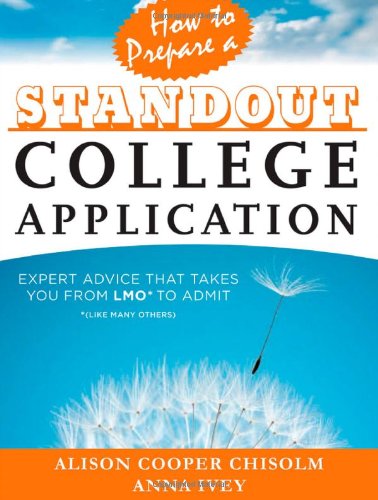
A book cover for How to Prepare a Standout College Application: Expert Advice that Takes You from LMO* (*Like Many Others) to Admit; Alison Cooper Chisolm; Test Preparation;